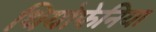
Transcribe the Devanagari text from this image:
थियोफेनिया